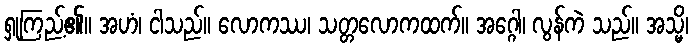
ရှုကြည့်၏။ အဟံ၊ ငါသည်။ လောကဿ၊ သတ္တလောကထက်။ အဂ္ဂေါ၊ လွန်ကဲ သည်။ အသ္မိ၊